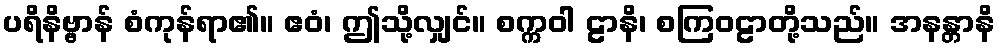
ပရိနိဗ္ဗာန် စံကုန်ရာ၏။ ဧဝံ၊ ဤသို့လျှင်။ စက္ကဝါ ဠာနိ၊ စကြဝဠာတို့သည်။ အနန္တာနိ